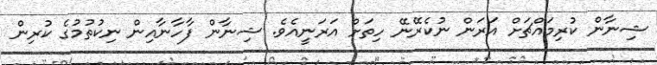
ޝިނާން ކުރިމައްޗަށް އަރަން ނުކެރޭނޭ ހިތަށް އަރަނީއެވެ. ޝިނާން ފާހާނާއިން ނިކުތުމުގެ ކުރިން